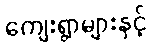
ကျေးရွာများနှင့်